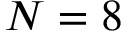
N = 8